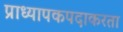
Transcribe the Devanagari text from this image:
प्राध्यापकपदाकरता